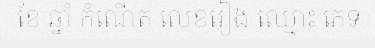
ខែ ឆ្នាំ កំណើត លេខរៀង ឈ្មោះ ភេទ